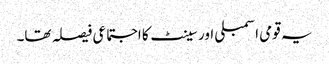
یہ قومی اسمبلی اور سینٹ کا اجتماعی فیصلہ تھا۔